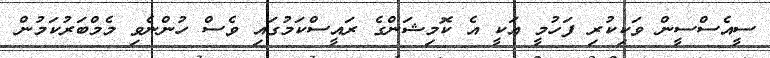
ސީއެސްސީން ވަކިކުރި ފަހުމީ އަކީ އެ ކޮމިޝަންގެ ރައީސްކަމުގައި ވެސް ހުންނެވި މެމްބަރުކަމުން